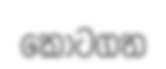
කොටගත